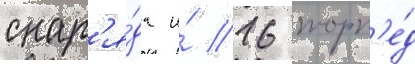
снар'я́да и́ 16 торп'е́д